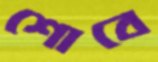
শোবে